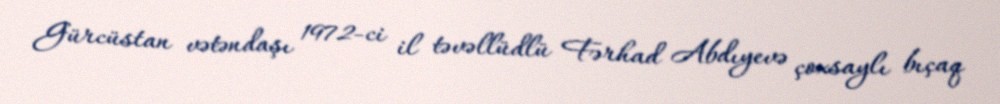
Gürcüstan vətəndaşı 1972-ci il təvəllüdlü Fərhad Abdıyevə çoxsaylı bıçaq